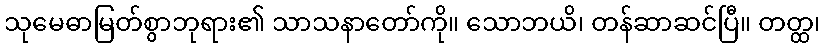
သုမေဓာမြတ်စွာဘုရား၏ သာသနာတော်ကို။ သောဘယိ၊ တန်ဆာဆင်ပြီ။ တတ္ထ၊